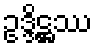
ဥဒ္ဒိဋ္ဌဿ